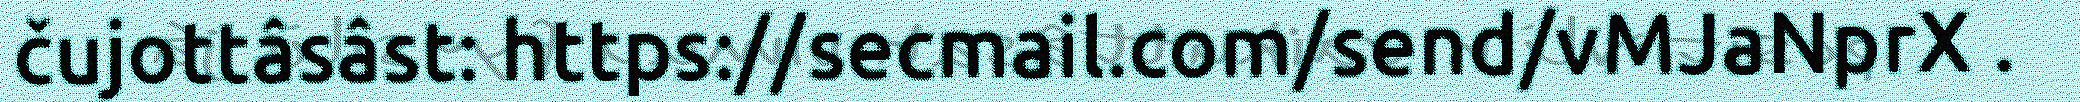
čujottâsâst: https://secmail.com/send/vMJaNprX .